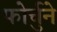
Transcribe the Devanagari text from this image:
फोर्चुने